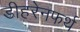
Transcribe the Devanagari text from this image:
डीहरेनफर्थ